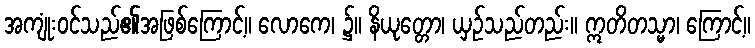
အကျုံးဝင်သည်၏အဖြစ်ကြောင့်။ လောကေ၊ ၌။ နိယုတ္တော၊ ယှဉ်သည်တည်း။ ဣတိတသ္မာ၊ ကြောင့်။